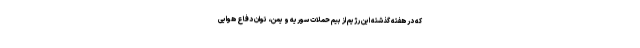
که در هفته گذشته این رژیم از بیم حملات سوریه و یمن، توان دفاع هوایی